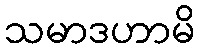
သမာဒဟာမိ